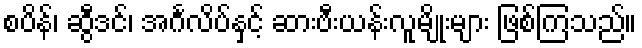
စပိန်၊ ဆွီဒင်၊ အင်္ဂလိပ်နှင့် ဆားဗီးယန်းလူမျိုးများ ဖြစ်ကြသည်။